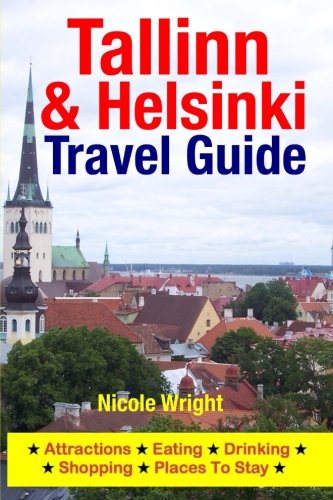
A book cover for Tallinn & Helsinki Travel Guide: Attractions, Eating, Drinking, Shopping & Places To Stay; Nicole Wright; Travel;